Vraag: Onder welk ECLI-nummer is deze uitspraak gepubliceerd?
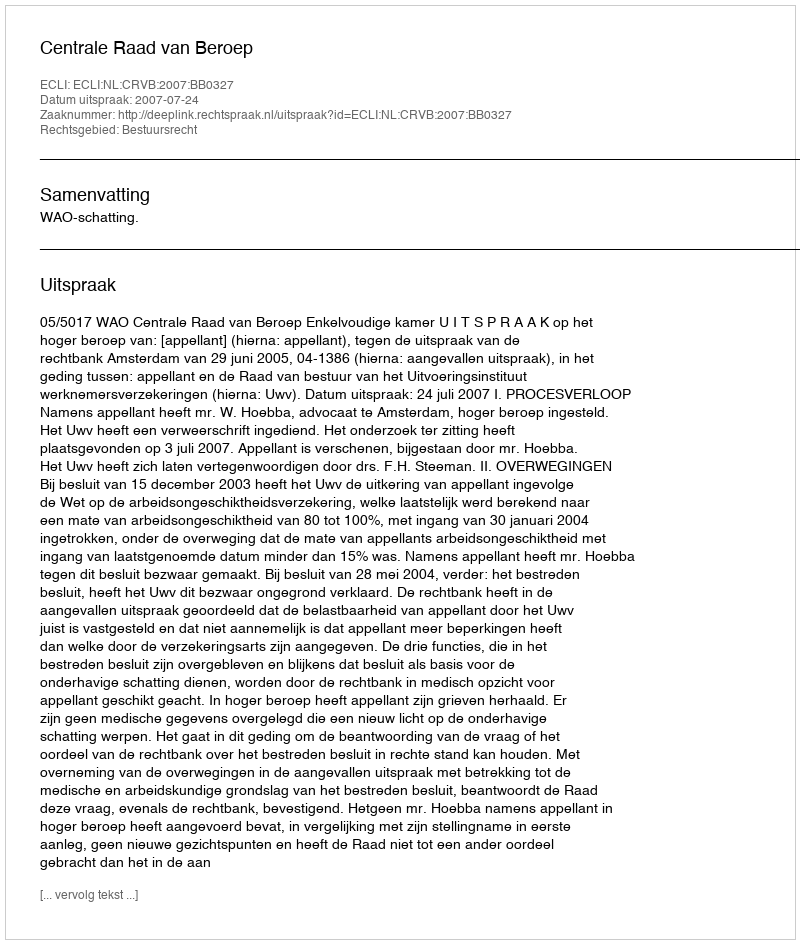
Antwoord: ECLI:NL:CRVB:2007:BB0327